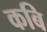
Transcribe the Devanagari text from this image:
कबि